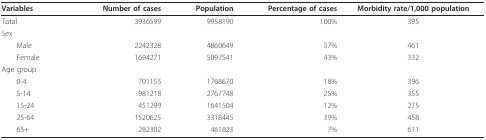
| Variables | Number of cases | Population | Percentage of cases | Morbidity rate/1,000 population |
 | --- | --- | --- | --- | --- |
 | Total | 3936599 | 9958190 | 100% | 395 |
 | Sex |  |  |  |  |
 | Male | 2242328 | 4860649 | 57% | 461 |
 | Female | 1694271 | 5097541 | 43% | 332 |
 | Age group |  |  |  |  |
 | 0-4 | 701155 | 1768670 | 18% | 396 |
 | 5-14 | 981218 | 2767748 | 25% | 355 |
 | 15-24 | 451299 | 1641504 | 12% | 275 |
 | 25-64 | 1520625 | 3318445 | 39% | 458 |
 | 65+ | 282302 | 461823 | 7% | 611 |